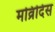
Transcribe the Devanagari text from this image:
मव्रिदिस